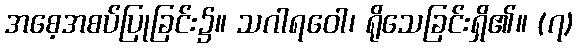
အစေ့အစပ်ပြုခြင်း၌။ သဂါရဝေါ၊ ရိုသေခြင်းရှိ၏။ (၇)